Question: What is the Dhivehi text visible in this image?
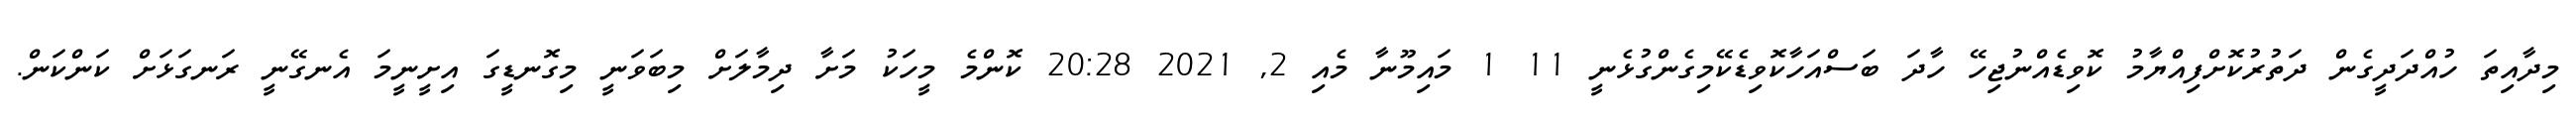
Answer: މިދާއިތަ ހުއްދަދީގެން ދަތުރުކޮށްފިއްޔާމު ކޮވިޑެއްނުޖިހޭ ހާދަ ބަސްއަހާކޮވިޑެކޭމިގެންގުޅެނީ 11 1 މައިމޫނާ މެއި 2, 2021 20:28 ކޮންމެ މީހަކު މަށާ ދިމާލަށް މިބަވަނީ މިގޮނޑީގަ އިށީނީމަ އެނގޭނީ ރަނގަޅަށް ކަންކަން.